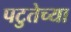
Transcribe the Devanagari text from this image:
पटुतेच्या